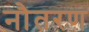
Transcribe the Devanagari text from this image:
नौतरण